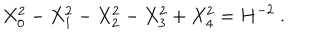
X _ { 0 } ^ { 2 } - X _ { 1 } ^ { 2 } - X _ { 2 } ^ { 2 } - X _ { 3 } ^ { 2 } + X _ { 4 } ^ { 2 } = H ^ { - 2 } \ .